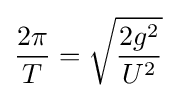
{\frac {2\pi }{T}}={\sqrt {\frac {2g^{2}}{U^{2}}}}